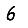
Digit: 6